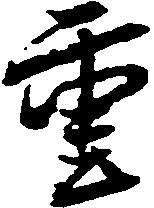
重